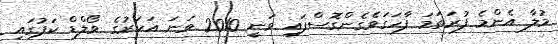
މުލާ އެންމެ ފުރަތަމަ ފާހަގަވެގެންގޮސްފައި ވަނީ 2010 ވަަނަ އަހަރުގެ ވޯލްޑް ކަޕުގައި